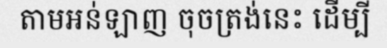
តាមអន់ឡាញ ចុចត្រង់នេះ ដើម្បី